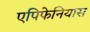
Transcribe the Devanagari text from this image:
एपिफेनियास